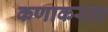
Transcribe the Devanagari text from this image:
कणाकरता